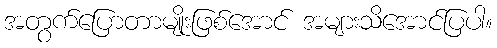
အတွက်ပြောတာမျိုးဖြစ်အောင် အများသိအောင်ပြပါ။